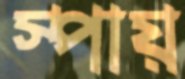
স্পায়